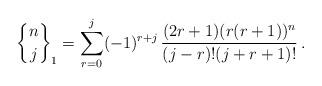
LaTeX: \begin{align*} {n\brace j}_1 = \sum_{r=0}^j (-1)^{r+j} \, \frac{(2r+1)(r(r+1))^n}{(j-r)! (j+r+1)!} \, .\end{align*}